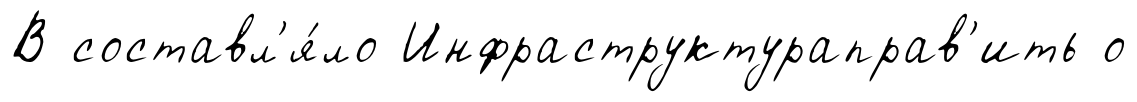
В составл'я́ло Инфраструктураправ'ить о